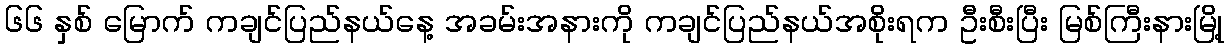
၆၆ နှစ် မြောက် ကချင်ပြည်နယ်နေ့ အခမ်းအနားကို ကချင်ပြည်နယ်အစိုးရက ဦးစီးပြီး မြစ်ကြီးနားမြို့